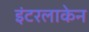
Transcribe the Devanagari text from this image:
इंटरलाकेन